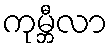
ကုမ္ဘီလာ